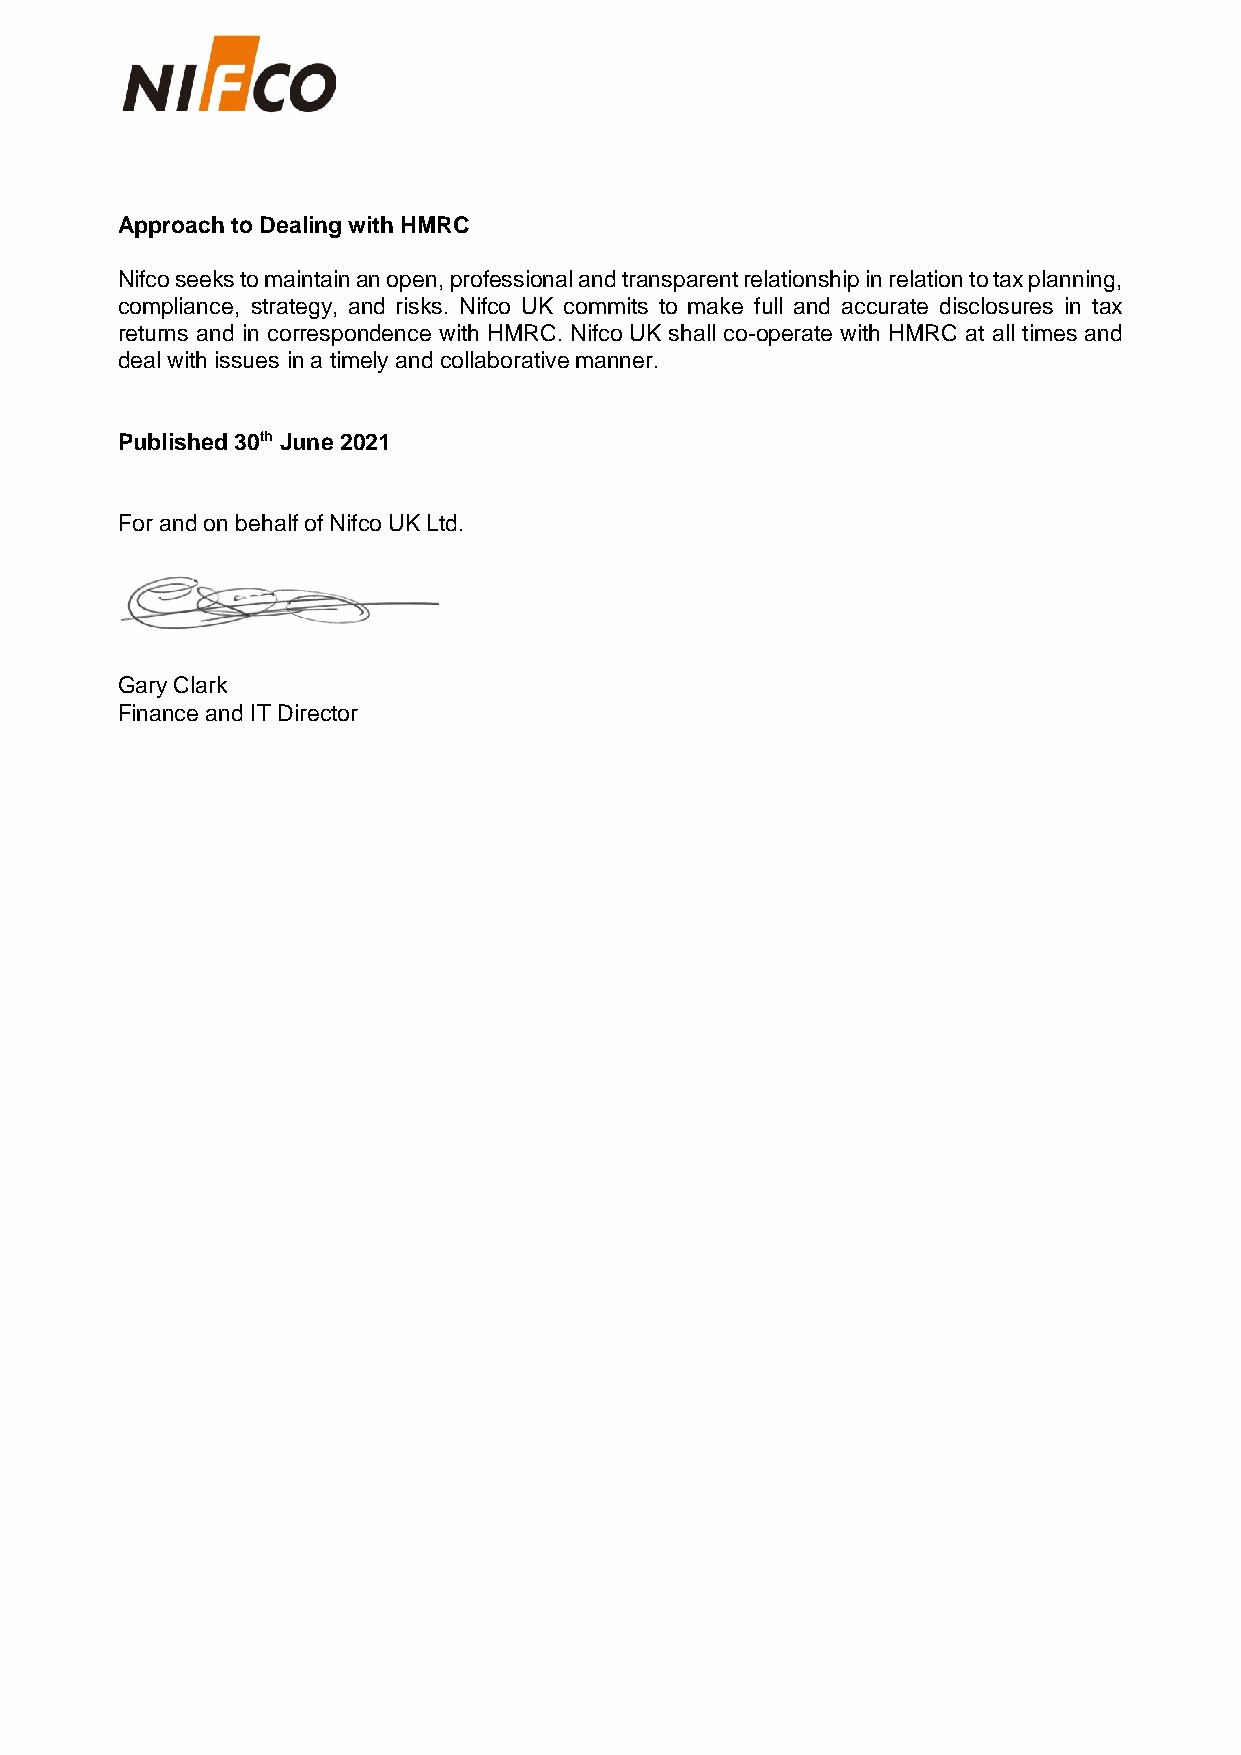
Approach to Dealing with HMRC
 Nifco seeks to maintain an open, professional and transparent relationship in relation to tax planning,
 compliance, strategy, and risks. Nifco UK commits to make full and accurate disclosures in tax
 returns and in correspondence with HMRC. Nifco UK shall co-operate with HMRC at all times and
 deal with issues in a timely and collaborative manner.
 Published 30th June 2021
 For and on behalf of Nifco UK Ltd.
 Gary Clark
 Finance and IT Director